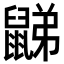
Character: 𪕧